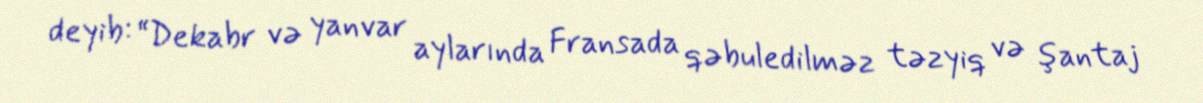
deyib: “Dekabr və yanvar aylarında Fransada qəbuledilməz təzyiq və şantaj